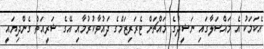
އެކަމަކު އެ މައްސަލާގައި ނަޝީދުގެ މައްޗަށް ޓެރަރިޒަމްގެ ދައުވާކުރުމާއި އޭގެ ޝަރީއަތް ގެންދިޔައީ